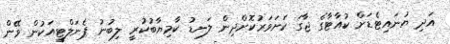
އަދި ޔުނައިޓެޑަށް ކުއާޓާގެ ޖާގަ ކަށަވަރުކޮށްދިން ލަނޑު ކާމިޔާބުކުރީ ލިބުނު ޕެނަލްޓީއަކުން ވޭން